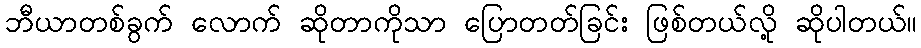
ဘီယာတစ်ခွက် လောက် ဆိုတာကိုသာ ပြောတတ်ခြင်း ဖြစ်တယ်လို့ ဆိုပါတယ်။